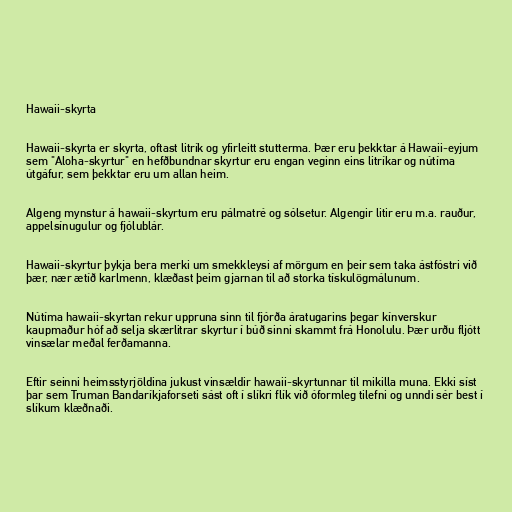
Hawaii-skyrta

Hawaii-skyrta er skyrta, oftast litrík og yfirleitt stutterma. Þær eru þekktar á Hawaii-eyjum
sem "Aloha-skyrtur" en hefðbundnar skyrtur eru engan veginn eins litríkar og nútíma
útgáfur, sem þekktar eru um allan heim.

Algeng mynstur á hawaii-skyrtum eru pálmatré og sólsetur. Algengir litir eru m.a. rauður,
appelsínugulur og fjólublár.

Hawaii-skyrtur þykja bera merki um smekkleysi af mörgum en þeir sem taka ástfóstri við
þær, nær ætíð karlmenn, klæðast þeim gjarnan til að storka tískulögmálunum.

Nútíma hawaii-skyrtan rekur uppruna sinn til fjórða áratugarins þegar kínverskur
kaupmaður hóf að selja skærlitrar skyrtur í búð sinni skammt frá Honolulu. Þær urðu fljótt
vinsælar meðal ferðamanna.

Eftir seinni heimsstyrjöldina jukust vinsældir hawaii-skyrtunnar til mikilla muna. Ekki síst
þar sem Truman Bandaríkjaforseti sást oft í slíkri flík við óformleg tilefni og unndi sér best í
slíkum klæðnaði.